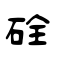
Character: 硂